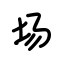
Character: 场